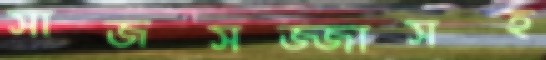
সাজসজ্জাসহ